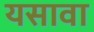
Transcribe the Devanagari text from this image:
यसावा